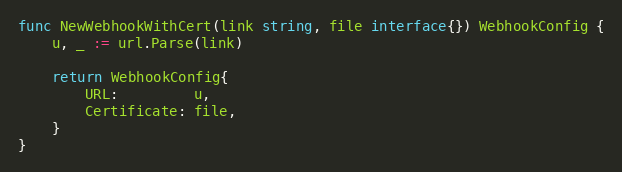
Language: Go
func NewWebhookWithCert(link string, file interface{}) WebhookConfig {
	u, _ := url.Parse(link)

	return WebhookConfig{
		URL:         u,
		Certificate: file,
	}
}